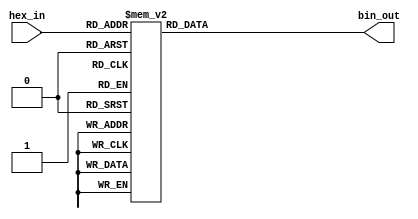
module hex_to_bin_encoder (
    input  wire [3:0] hex_in,  // 4-bit input representing a hexadecimal digit
    output reg  [3:0] bin_out   // 4-bit output representing the binary equivalent
);

// Combinational logic to convert hexadecimal input to binary output
always @(*) begin
    case (hex_in)
        4'b0000: bin_out = 4'b0000; // 0
        4'b0001: bin_out = 4'b0001; // 1
        4'b0010: bin_out = 4'b0010; // 2
        4'b0011: bin_out = 4'b0011; // 3
        4'b0100: bin_out = 4'b0100; // 4
        4'b0101: bin_out = 4'b0101; // 5
        4'b0110: bin_out = 4'b0110; // 6
        4'b0111: bin_out = 4'b0111; // 7
        4'b1000: bin_out = 4'b1000; // 8
        4'b1001: bin_out = 4'b1001; // 9
        4'b1010: bin_out = 4'b1010; // A (10)
        4'b1011: bin_out = 4'b1011; // B (11)
        4'b1100: bin_out = 4'b1100; // C (12)
        4'b1101: bin_out = 4'b1101; // D (13)
        4'b1110: bin_out = 4'b1110; // E (14)
        4'b1111: bin_out = 4'b1111; // F (15)
        default: bin_out = 4'b0000;  // Default case for invalid input
    endcase
end

endmodule